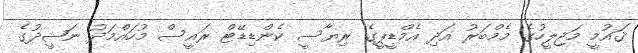
ޤައުމީ މަޖިލީހުގެ މެމްބަރު އަދި އެމްޑީޕީގެ ރިޔާސީ ކެންޑިޑޭޓް ރައީސް މުހައްމަދު ނަޝީދުގެ